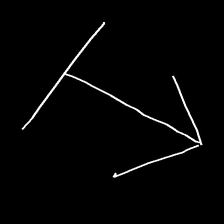
Glyph: levitation